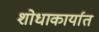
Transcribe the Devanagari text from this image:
शोधाकार्यात